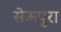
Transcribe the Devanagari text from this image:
सेऊपुरा